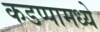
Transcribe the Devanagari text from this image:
कडप्पामध्ये